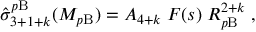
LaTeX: \hat { \sigma } _ { 3 + 1 + k } ^ { p \mathrm { B } } ( M _ { p \mathrm { B } } ) = A _ { 4 + k } \; F ( s ) \; R _ { p \mathrm { B } } ^ { 2 + k } \; ,